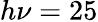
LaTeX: h\nu=25